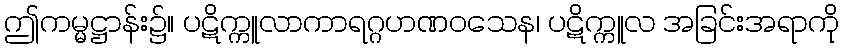
ဤကမ္မဋ္ဌာန်း၌။ ပဋိက္ကူလာကာရဂ္ဂဟဏဝသေန၊ ပဋိက္ကူလ အခြင်းအရာကို